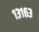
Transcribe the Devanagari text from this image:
१३१६३